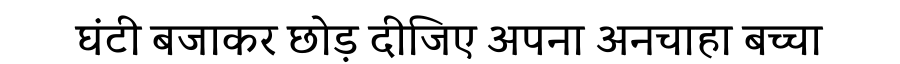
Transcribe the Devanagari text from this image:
घंटी बजाकर छोड़ दीजिए अपना अनचाहा बच्चा